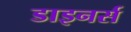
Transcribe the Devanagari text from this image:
डाइनर्स